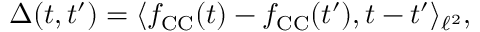
\Delta ( t , t ^ { \prime } ) = \langle f _ { \mathrm { C C } } ( t ) - f _ { \mathrm { C C } } ( t ^ { \prime } ) , t - t ^ { \prime } \rangle _ { \ell ^ { 2 } } ,